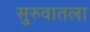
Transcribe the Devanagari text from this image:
सुरुवातला